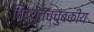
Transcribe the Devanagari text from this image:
विद्युतच्चुंबकीय